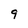
Character: 9